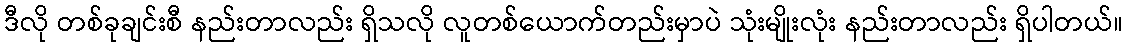
ဒီလို တစ်ခုချင်းစီ နည်းတာလည်း ရှိသလို လူတစ်ယောက်တည်းမှာပဲ သုံးမျိုးလုံး နည်းတာလည်း ရှိပါတယ်။